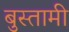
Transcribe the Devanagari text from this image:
बुस्तामी